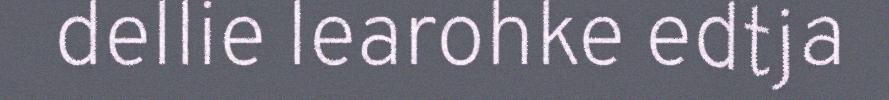
dellie learohke edtja